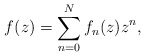
\begin{align*}f(z)=\sum_{n=0}^Nf_n(z)z^n,\end{align*}